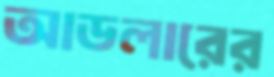
আডলারের